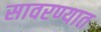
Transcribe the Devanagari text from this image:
सावरण्यात